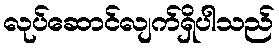
လုပ်ဆောင်လျက်ရှိပါသည်